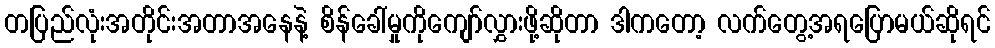
တပြည်လုံးအတိုင်းအတာအနေနဲ့ စိန်ခေါ်မှုကိုကျော်လွှားဖို့ဆိုတာ ဒါကတော့ လက်တွေ့အရပြောမယ်ဆိုရင်